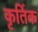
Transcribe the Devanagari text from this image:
कृर्तिक